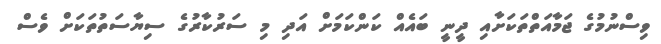
ވިސްނުމުގެ ޖަމާއަތްތަކަށާއި ދީނީ ބައެއް ކަންކަމަށް އަދި މި ސަރުކާރުގެ ސިޔާސަތުތަކަށް ވެސް